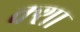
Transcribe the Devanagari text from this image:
क्शा